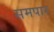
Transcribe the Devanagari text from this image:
समपार